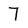
Character: 7